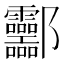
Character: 𰼂